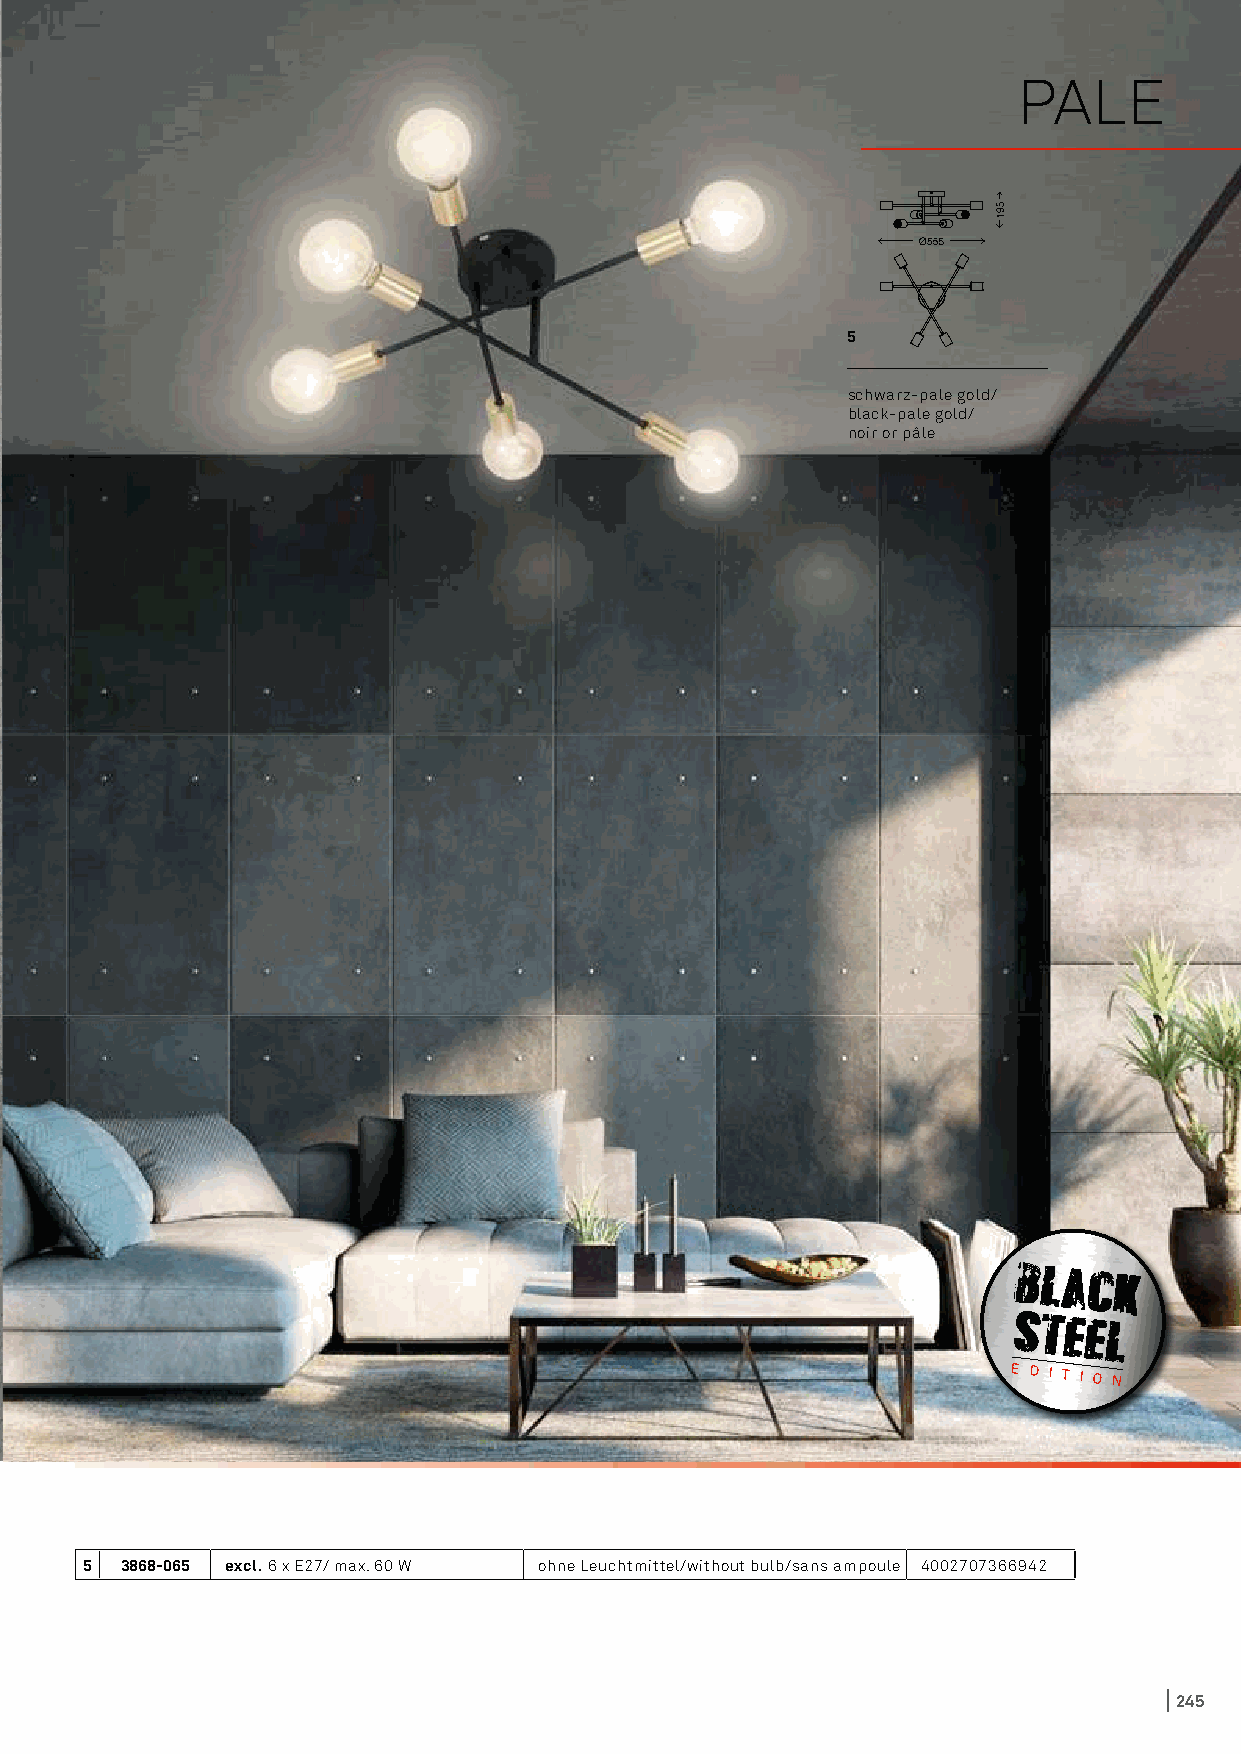
PALE
 5
 schwarz-pale gold/
 black-pale gold/
 noir or pâle
 E D I T I O N
 5 3868-065 excl. 6 x E27/ max. 60 W ohne Leuchtmittel/without bulb/sans ampoule 4002707366942
 245